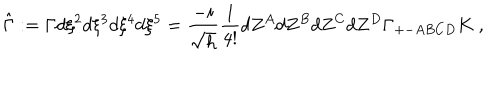
\hat { \Gamma } : = \Gamma d \xi ^ { 2 } d \xi ^ { 3 } d \xi ^ { 4 } d \xi ^ { 5 } = \frac { - i } { \sqrt { h } } \frac { 1 } { 4 ! } d Z ^ { A } d Z ^ { B } d Z ^ { C } d Z ^ { D } \Gamma _ { + - A B C D } K ~ ,